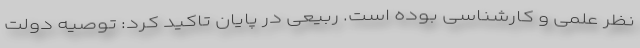
نظر علمی و کارشناسی بوده است. ربیعی در پایان تاکید کرد: توصیه دولت